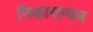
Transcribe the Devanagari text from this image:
निकाराग्वन